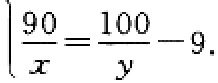
$\left|\frac{90}{x}=\frac{100}{y}-9\right.$